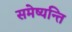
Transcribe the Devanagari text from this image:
समेष्यन्ति